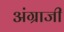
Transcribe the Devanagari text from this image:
अंग्राजी